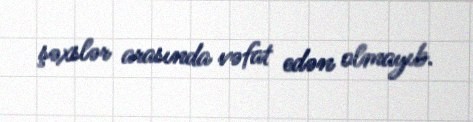
şəxslər arasında vəfat edən olmayıb.